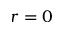
r = 0